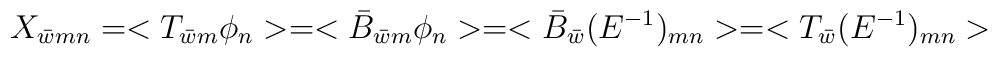
X_{\bar{w}mn} = <T_{\bar{w}m} \phi_{n}> = <\bar{B}_{\bar{w}m}\phi_{n}> = <\bar{B}_{\bar{w}} (E^{-1})_{mn}> = <T_{\bar{w}} (E^{-1})_{mn}>